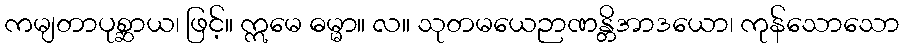
ကမျတာပုစ္ဆာယ၊ ဖြင့်။ ဣမေ ဓမ္မာ။ လ။ သုတမယေဉာဏန္တိအာဒယော၊ ကုန်သောသော